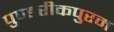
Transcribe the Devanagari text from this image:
पुण्डरीकपुरम